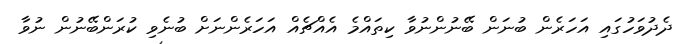
ދެދުވަހުގައި އަހަރެން ބުނަން ބޭނުންނުވާ ކިތައްމެ އެއްޗެއް އަހަރެންނަށް ބުނެވި ކުރަންބޭނުން ނުވާ